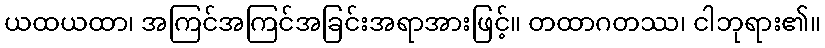
ယထယထာ၊ အကြင်အကြင်အခြင်းအရာအားဖြင့်။ တထာဂတဿ၊ ငါဘုရား၏။